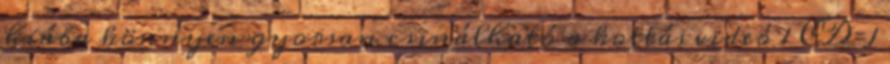
hiába könnyen gyorsan csinálható a kottás videó 1 CD=1